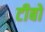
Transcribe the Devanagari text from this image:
टीबो